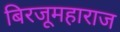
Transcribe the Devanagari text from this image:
बिरजूमहाराज